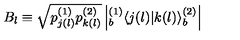
B _ { l } \equiv \sqrt { p _ { j ( l ) } ^ { ( 1 ) } p _ { k ( l ) } ^ { ( 2 ) } } \left| { } _ { b } ^ { ( 1 ) } \! \left\langle { j ( l ) } | { k ( l ) } \right\rangle _ { b } ^ { ( 2 ) } \right|